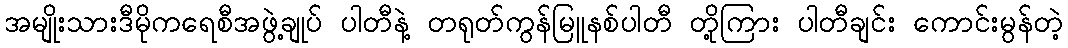
အမျိုးသားဒီမိုကရေစီအဖွဲ့ချုပ် ပါတီနဲ့ တရုတ်ကွန်မြူနစ်ပါတီ တို့ကြား ပါတီချင်း ကောင်းမွန်တဲ့